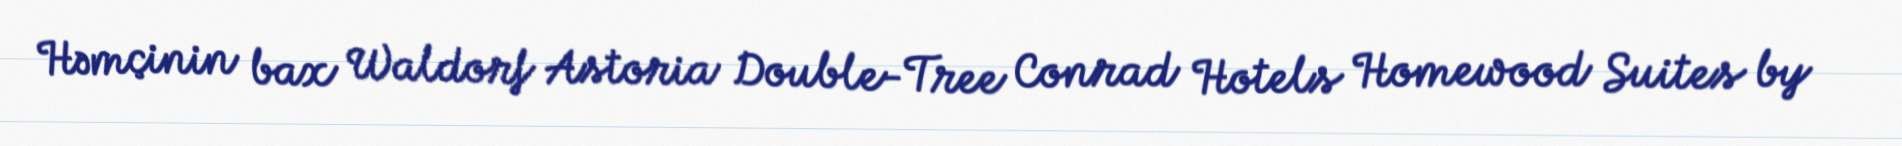
Həmçinin bax Waldorf Astoria Double-Tree Conrad Hotels Homewood Suites by